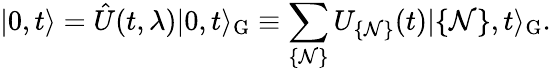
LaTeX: \vert 0,t\rangle=\hat{U}(t,\lambda)\vert 0,t\rangle_{\mathrm{G}}\equiv\sum_{\{ {\cal N}\} }U_{\{ {\cal N}\} }(t)\vert\{ {\cal N}\} ,t\rangle_{\mathrm{G}}.